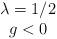
LaTeX: \begin{align*}\begin{array}{c} \lambda = 1/2 \\ g < 0 \end{array}\end{align*}